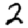
Digit: 2